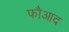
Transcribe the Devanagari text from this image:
फौआद